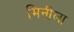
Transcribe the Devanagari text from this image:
मिनीला